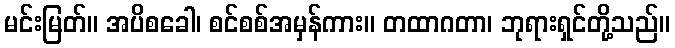
မင်းမြတ်။ အပိစခေါ၊ စင်စစ်အမှန်ကား။ တထာဂတာ၊ ဘုရားရှင်တို့သည်။